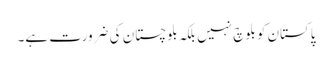
پاکستان کو بلوچ نہیں بلکہ بلوچستان کی ضرورت ہے۔